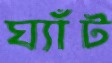
ঘ্যাঁট